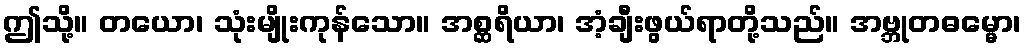
ဤသို့။ တယော၊ သုံးမျိုးကုန်သော။ အစ္ဆရိယာ၊ အံ့ချီးဖွယ်ရာတို့သည်။ အဗ္ဘုတဓမ္မော၊